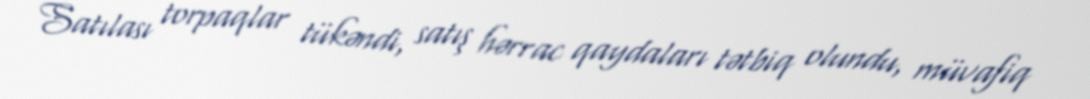
Satılası torpaqlar tükəndi, satış hərrac qaydaları tətbiq olundu, müvafiq